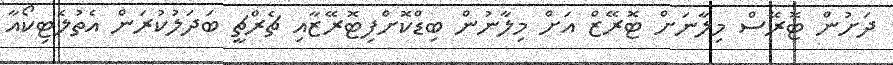
ދަށުން ޓޮރޭސް މިލާނަށް ޓޮރޭޒް އަށް މިލާނުން ބިޑްކޮށްފިޓޮރޭޒާއި ޗެރްޗީ ބަދަލުކުރަން އެތުލެޓިކޯއާ